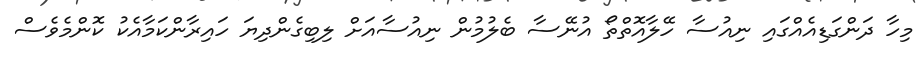
މިހާ ދަންގަޑިއެއްގައި ނިއުސާ ހޭލާއޮތްތޯ އުނޭސާ ބެލުމުން ނިއުސާއަށް ލިބިގެންދިޔަ ހައިރާންކަމާއެކު ކޮންމެވެސް